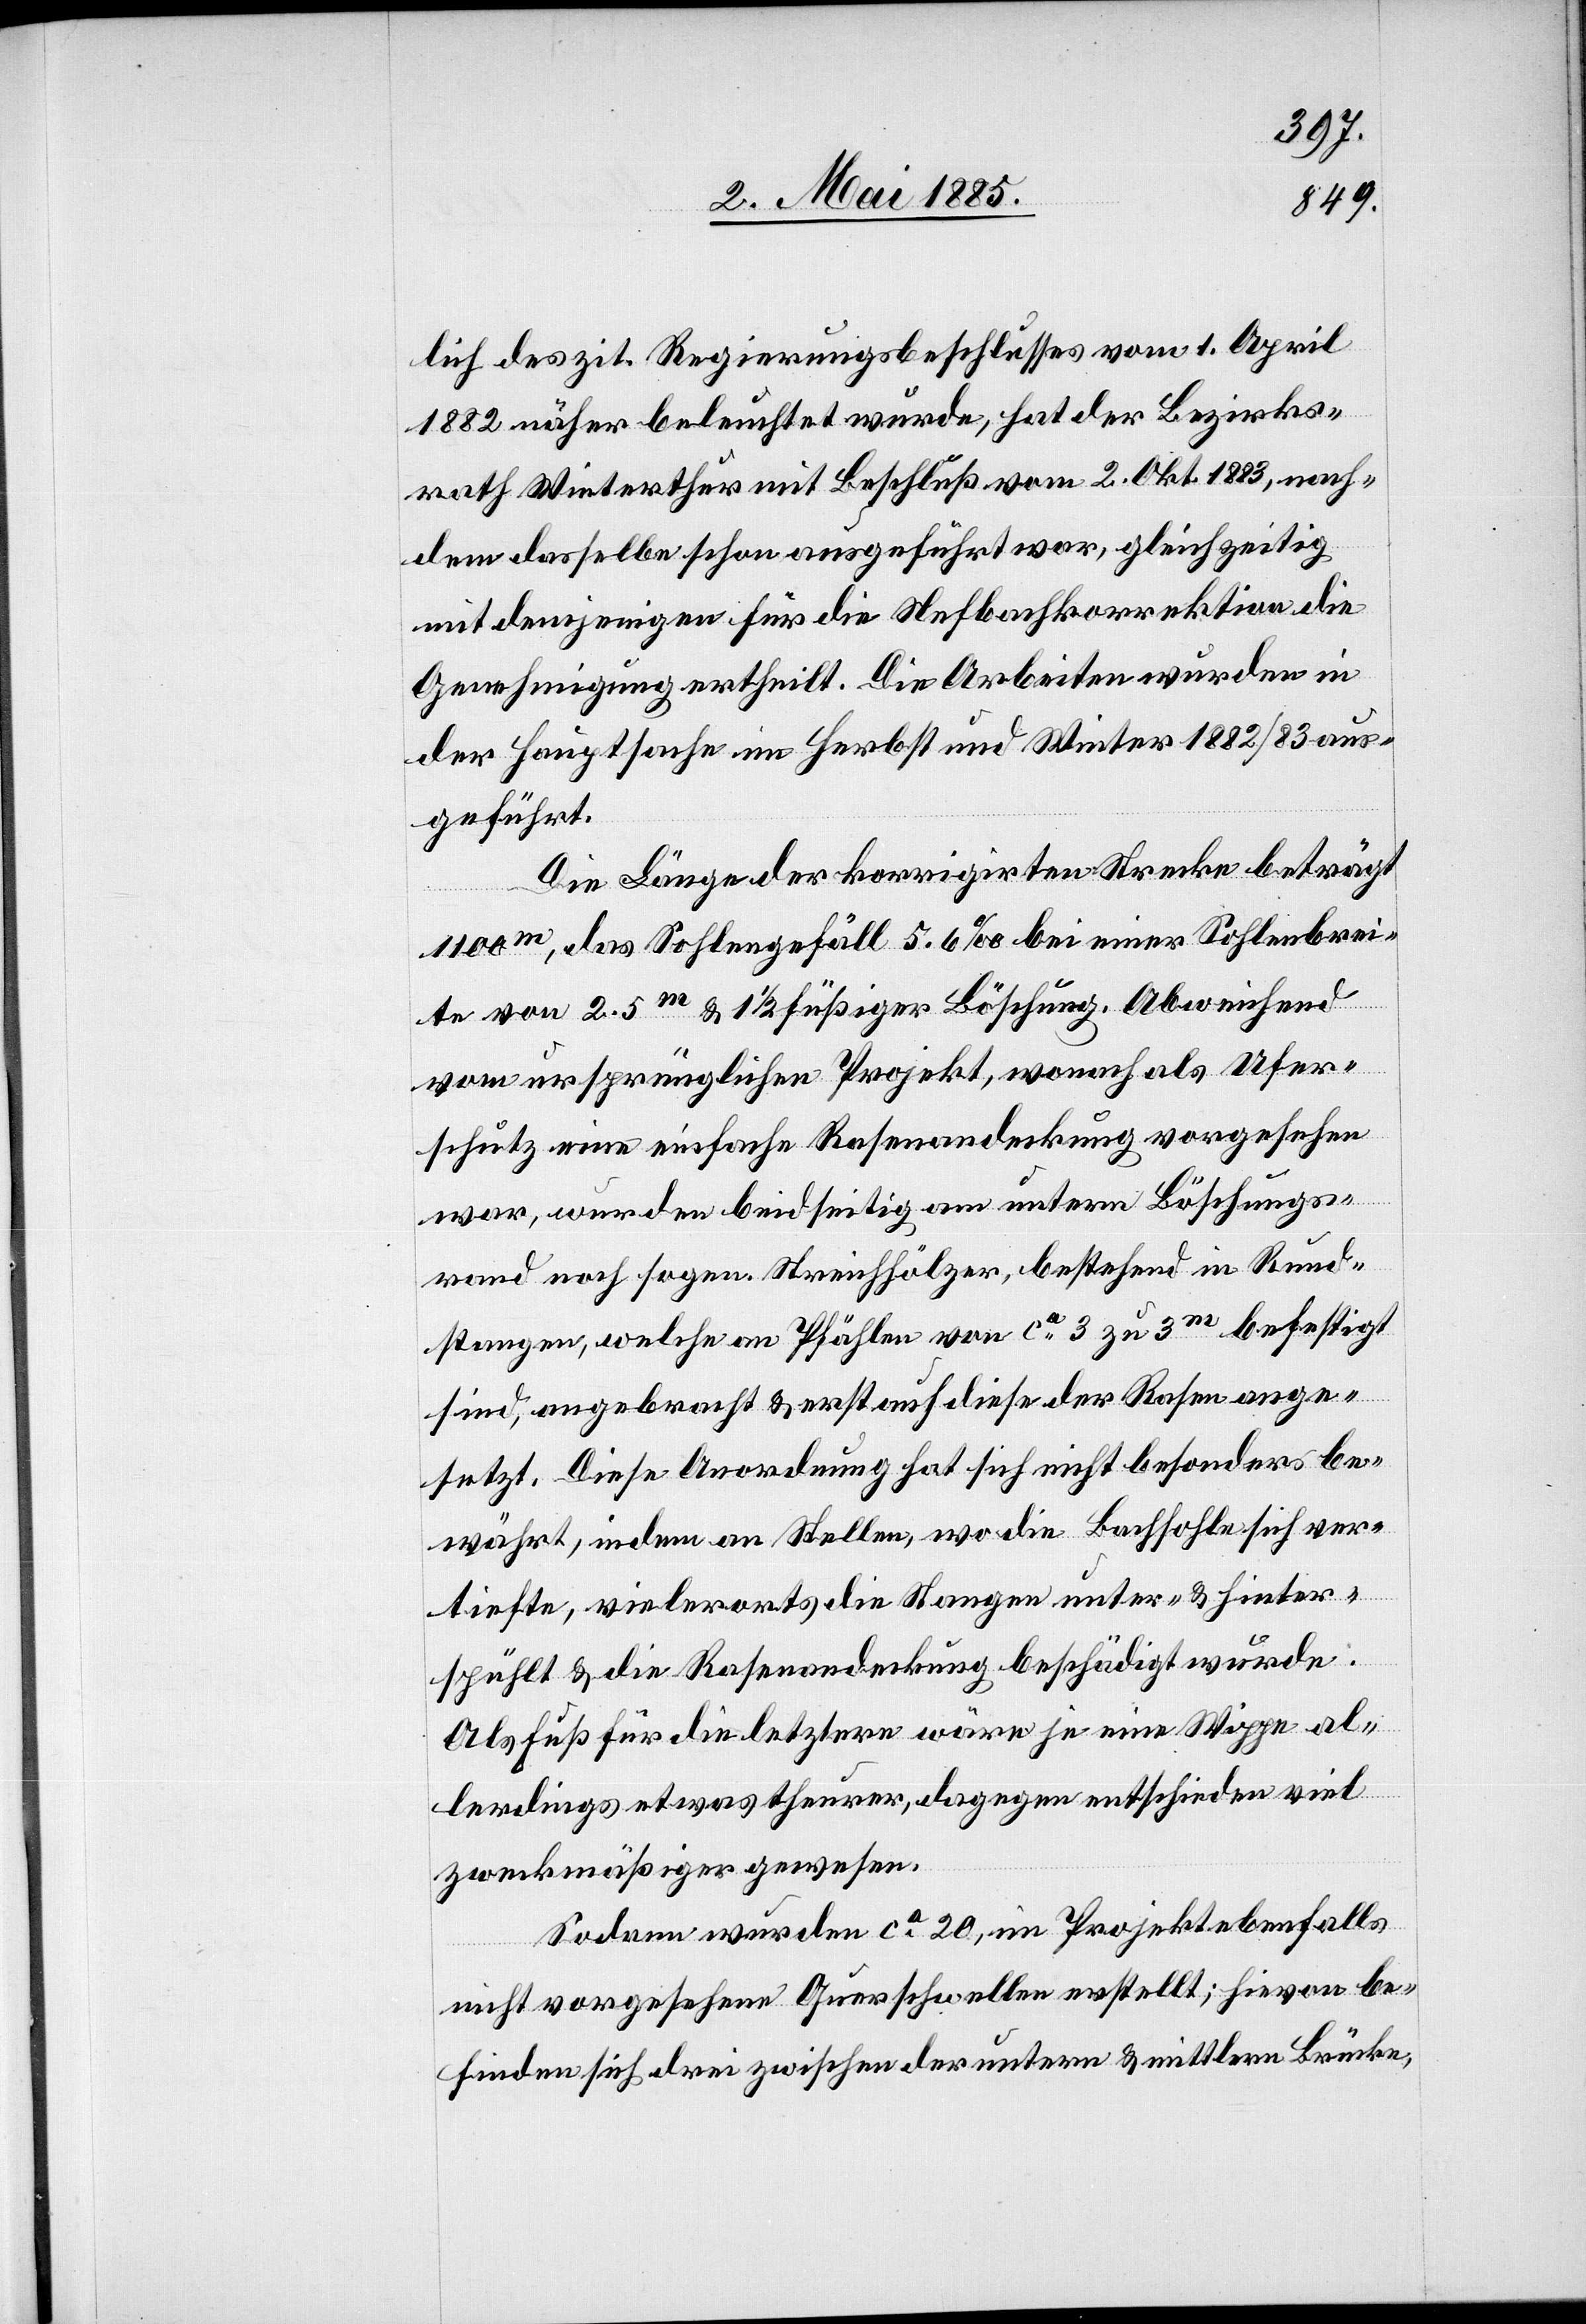
lich des zit. Regierungsbeschlusses vom 1. April
1882 näher beleuchtet wurde, hat der Bezirks¬
rath Winterthur mit Beschluß vom 2. Okt. 1883, nach¬
dem dasselbe schon ausgeführt war, gleichzeitig
mit demjenigen für die Nefbachkorrektion die
Genehmigung ertheilt. Die Arbeiten wurden in
der Hauptsache im Herbst und Winter 1882/83 aus¬
geführt.
Die Länge der korrigirten Strecke beträgt
1100 m, das Sohlengefäll 5.6‰ bei einer Sohlenbrei¬
te von 2.5 m & 1 1/2 füßiger Böschung. Abweichend
vom ursprünglichen Projekt, wonach als Ufer¬
schutz eine einfache Rasenabdeckung vorgesehen
war, wurden beidseitig am untern Böschungs¬
rand noch sogen. Streichhölzer, bestehend in Rund¬
stangen, welche an Pfählen von ca 3 zu 3 m befestigt
sind, angebracht & erst auf diese der Rasen ange¬
setzt. Diese Anordnung hat sich nicht besonders be¬
währt, indem an Stellen, wo die Bachsohle sich ver¬
tiefte, vielerorts die Stangen unter- & hinter¬
spühlt & die Rasenandeckung beschädigt wurde.
Als Fuß für die letztere wäre je eine Wippe al¬
lerdings etwas theurer, dagegen entschieden viel
zweckmäßiger gewesen.
Sodann wurden ca 20, im Projekt ebenfalls
nicht vorgesehene Querschwellen erstellt; hievon be¬
finden sich drei zwischen der untern & mittlern Brücke,